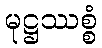
မုဋ္ဌဿစ္စံ